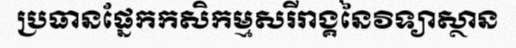
ប្រធានផ្នែកកសិកម្មសរីរាង្គនៃវិទ្យាស្ថាន